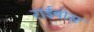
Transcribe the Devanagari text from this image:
राईबोस